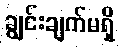
ချွင်းချက်မရှိ